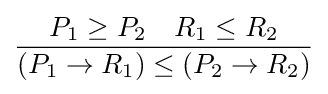
{\frac {P_{1}\geq P_{2}\quad R_{1}\leq R_{2}}{(P_{1}\rightarrow R_{1})\leq (P_{2}\rightarrow R_{2})}}